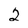
Character: 2